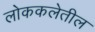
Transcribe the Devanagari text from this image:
लोककलेतील